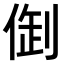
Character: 𠉳